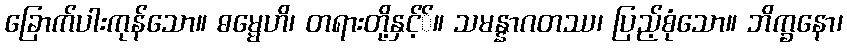
ခြောက်ပါးကုန်သော။ ဓမ္မေဟိ၊ တရားတို့နှင့််။ သမန္နာဂတဿ၊ ပြည့်စုံသော။ ဘိက္ခနော၊